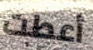
أعطت